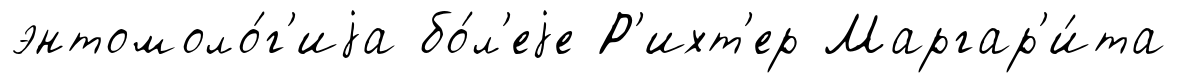
энтомоло́г'иjа бо́л'еjе Р'ихт'ер Маргар'и́та